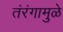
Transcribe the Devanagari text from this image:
तंरंगामुळे